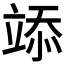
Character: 𥪌